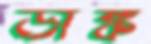
ডাঙ্ক